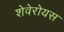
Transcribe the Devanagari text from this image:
शेवेरोयस